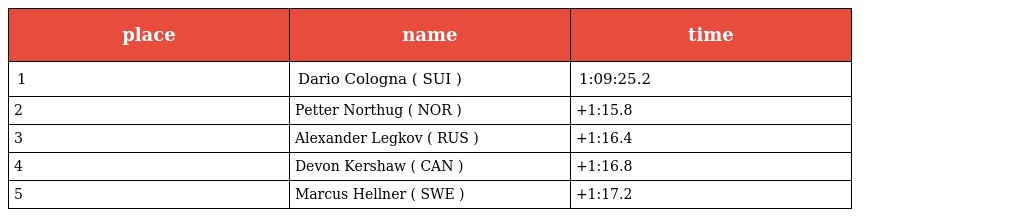
| place | name | time |
 | --- | --- | --- |
 | 1 | Dario Cologna ( SUI ) | 1:09:25.2 |
 | 2 | Petter Northug ( NOR ) | +1:15.8 |
 | 3 | Alexander Legkov ( RUS ) | +1:16.4 |
 | 4 | Devon Kershaw ( CAN ) | +1:16.8 |
 | 5 | Marcus Hellner ( SWE ) | +1:17.2 |